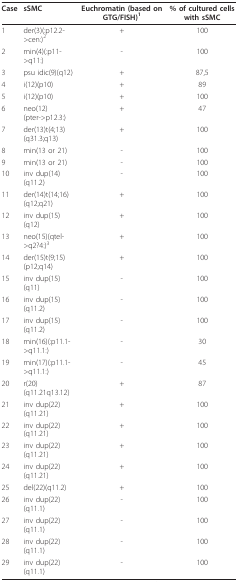
<table><thead><tr><td><b>Case</b></td><td><b>sSMC</b></td><td><b>Euchromatin (based on GTG/FISH)<sup>1</sup></b></td><td><b>% of cultured cells with sSMC</b></td></tr></thead><tbody><tr><td>1</td><td>der(3)(:p12.2-&gt;cen:)<sup>2</sup></td><td>+</td><td>100</td></tr><tr><td>2</td><td>min(4)(:p11-&gt;q11:)</td><td>-</td><td>100</td></tr><tr><td>3</td><td>psu idic(9)(q12)</td><td>+</td><td>87,5</td></tr><tr><td>4</td><td>i(12)(p10)</td><td>+</td><td>89</td></tr><tr><td>5</td><td>i(12)(p10)</td><td>+</td><td>100</td></tr><tr><td>6</td><td>neo(12)(pter-&gt;p12.3:)</td><td>+</td><td>47</td></tr><tr><td>7</td><td>der(13)t(4;13)(q31.3;q13)</td><td>+</td><td>100</td></tr><tr><td>8</td><td>min(13 or 21)</td><td>-</td><td>100</td></tr><tr><td>9</td><td>min(13 or 21)</td><td>-</td><td>100</td></tr><tr><td>10</td><td>inv dup(14)(q11.2)</td><td>-</td><td>100</td></tr><tr><td>11</td><td>der(14)t(14;16)(q12;q21)</td><td>+</td><td>100</td></tr><tr><td>12</td><td>inv dup(15)(q12)</td><td>+</td><td>100</td></tr><tr><td>13</td><td>neo(15)(qtel-&gt;q2?4:)<sup>3</sup></td><td>+</td><td>100</td></tr><tr><td>14</td><td>der(15)t(9;15)(p12;q14)</td><td>+</td><td>100</td></tr><tr><td>15</td><td>inv dup(15)(q11)</td><td>-</td><td>100</td></tr><tr><td>16</td><td>inv dup(15)(q11.2)</td><td>-</td><td>100</td></tr><tr><td>17</td><td>inv dup(15)(q11.2)</td><td>-</td><td>100</td></tr><tr><td>18</td><td>min(16)(:p11.1-&gt;q11.1:)</td><td>-</td><td>30</td></tr><tr><td>19</td><td>min(17)(:p11.1-&gt;q11.1:)</td><td>-</td><td>45</td></tr><tr><td>20</td><td>r(20)(q11.21q13.12)</td><td>+</td><td>87</td></tr><tr><td>21</td><td>inv dup(22)(q11.21)</td><td>+</td><td>100</td></tr><tr><td>22</td><td>inv dup(22)(q11.21)</td><td>+</td><td>100</td></tr><tr><td>23</td><td>inv dup(22)(q11.21)</td><td>+</td><td>100</td></tr><tr><td>24</td><td>inv dup(22)(q11.21)</td><td>+</td><td>100</td></tr><tr><td>25</td><td>del(22)(q11.2)</td><td>+</td><td>100</td></tr><tr><td>26</td><td>inv dup(22)(q11.1)</td><td>-</td><td>100</td></tr><tr><td>27</td><td>inv dup(22)(q11.1)</td><td>-</td><td>100</td></tr><tr><td>28</td><td>inv dup(22)(q11.1)</td><td>-</td><td>100</td></tr><tr><td>29</td><td>inv dup(22)(q11.1)</td><td>-</td><td>100</td></tr></tbody></table>